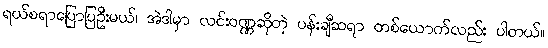
ရယ်စရာပြောပြဦးမယ်၊ အဲဒါမှာ လင်းဝဏ္ဏဆိုတဲ့ ပန်းချီဆရာ တစ်ယောက်လည်း ပါတယ်။